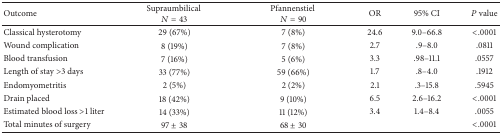
| Outcome | Supraumbilical N = 43 | Pfannenstiel N = 90 | OR | 95% CI | P value |
 | --- | --- | --- | --- | --- | --- |
 | Classical hysterotomy | 29 (67%) | 7 (8%) | 24.6 | 9.0–66.8 | <.0001 |
 | Wound complication | 8 (19%) | 7 (8%) | 2.7 | .9–8.0 | .0811 |
 | Blood transfusion | 7 (16%) | 5 (6%) | 3.3 | .98–11.1 | .0557 |
 | Length of stay >3 days | 33 (77%) | 59 (66%) | 1.7 | .8–4.0 | .1912 |
 | Endomyometritis | 2 (5%) | 2 (2%) | 2.1 | .3–15.8 | .5945 |
 | Drain placed | 18 (42%) | 9 (10%) | 6.5 | 2.6–16.2 | <.0001 |
 | Estimated blood loss >1 liter | 14 (33%) | 11 (12%) | 3.4 | 1.4–8.4 | .0055 |
 | Total minutes of surgery | 97 ± 38 | 68 ± 30 |  |  | <.0001 |